Indian journal of veterinary science and animal husbandry - Volumes 22-23, 1952-1953
Year: 1952
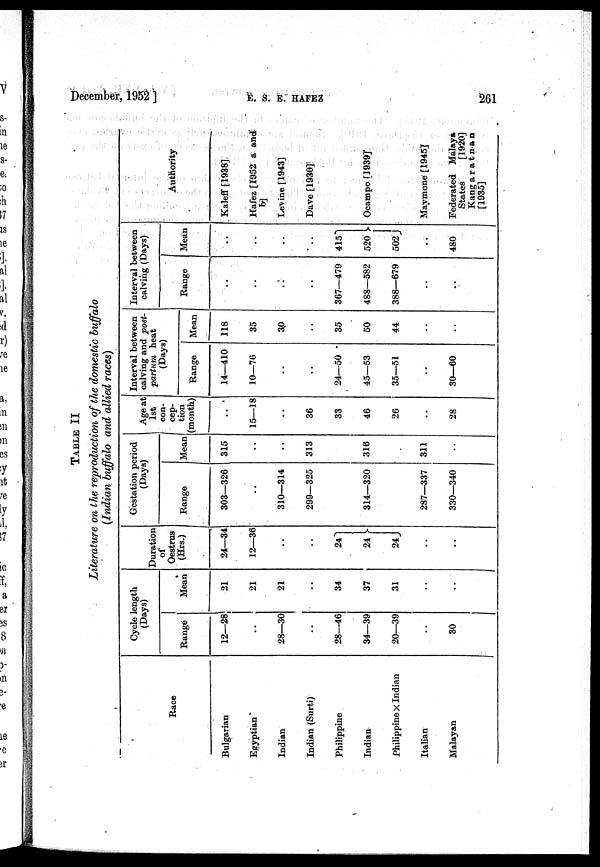
December, 1952 ]
E.
S.
E:
HAFEZ
261
TABLE II
Literature on the reproduction of the domestic buffalo
(Indian buffalo and allied races)
Race
Bulgarian
Egyptian
Indian
Indian (Surti)
Philippine
Indian
Philippine x Indian
Italian
Malayan
Cycle length
(Days)
Range
12—28
..
28—30
..
28—46
34—39
20—39
..
30
Mean
21
21
21
..
34
37
31
..
..
Duration
of
Oestrus
(Hrs.)
24—34
12—36
..
..
24
24-
24
..
..
Gestation period
(Days)
Range
303—326
..
310—314
299—325
314—320
287—337
330—340
Mean
315
..
..
313
316
..
311
..
Age at
1st
con-
cep-
tion
(month)
..
15—18
..
36
33
46
26
..
28
Interval between
calving and post-
partum heat
(Days)
Range
14—410
10—76
..
..
24—50
45—53
35—51
..
30—60
Mean
118
35
30
..
35
50
44
..
..
Interval between
calving (Days)
Range
....
..
....
..
367—479
488—582
388—679
..
..
Mean
..
..
..
..
415
520
502J
..
480
Authority
Kaleff [1938]
Hafez [1952 a and
b]
Levine [1943]
Dave [1930]
Ocampo [1939]
Maymone [1945]
Federated Malaya
States
[1920]
Kangaratnan
[1935]